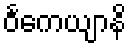
ဝင်္ကေယျာနိ